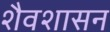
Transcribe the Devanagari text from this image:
शैवशासन